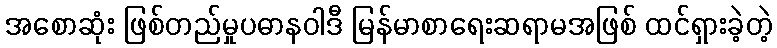
အစောဆုံး ဖြစ်တည်မှုပဓာနဝါဒီ မြန်မာစာရေးဆရာမအဖြစ် ထင်ရှားခဲ့တဲ့